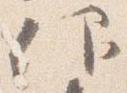
仰